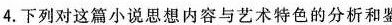
4.下列对这篇小说思想内容与艺术特色的分析和鉴